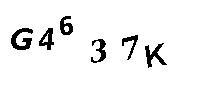
G4637K